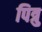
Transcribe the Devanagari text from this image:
पित्रु